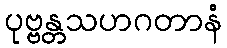
ပုဗ္ဗန္တသဟဂတာနံ